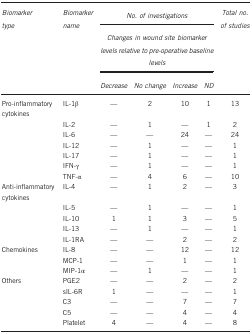
<table><thead><tr><td><b><i>Biomarker type</i></b></td><td><b><i>Biomarker name</i></b></td><td colspan="4"><b><i>No. of investigations</i></b></td><td><b><i>Total no. of studies</i></b></td></tr><tr><td><b> </b></td><td><b> </b></td><td colspan="4"><b><i>Changes in wound site biomarker levels relative to pre-operative baseline levels</i></b></td><td><b> </b></td></tr><tr><td><b> </b></td><td><b> </b></td><td><b><i>Decrease</i></b></td><td><b><i>No change</i></b></td><td><b><i>Increase</i></b></td><td><b><i>ND</i></b></td><td><b> </b></td></tr></thead><tbody><tr><td>Pro-inflammatory cytokines</td><td>IL-1β</td><td>—</td><td>2</td><td>10</td><td>1</td><td>13</td></tr><tr><td> </td><td>IL-2</td><td>—</td><td>1</td><td>—</td><td>1</td><td>2</td></tr><tr><td> </td><td>IL-6</td><td>—</td><td>—</td><td>24</td><td>—</td><td>24</td></tr><tr><td> </td><td>IL-12</td><td>—</td><td>1</td><td>—</td><td>—</td><td>1</td></tr><tr><td> </td><td>IL-17</td><td>—</td><td>1</td><td>—</td><td>—</td><td>1</td></tr><tr><td> </td><td>IFN-γ</td><td>—</td><td>1</td><td>—</td><td>—</td><td>1</td></tr><tr><td> </td><td>TNF-α</td><td>—</td><td>4</td><td>6</td><td>—</td><td>10</td></tr><tr><td>Anti-inflammatory cytokines</td><td>IL-4</td><td>—</td><td>1</td><td>2</td><td>—</td><td>3</td></tr><tr><td> </td><td>IL-5</td><td>—</td><td>1</td><td>—</td><td>—</td><td>1</td></tr><tr><td> </td><td>IL-10</td><td>1</td><td>1</td><td>3</td><td>—</td><td>5</td></tr><tr><td> </td><td>IL-13</td><td>—</td><td>1</td><td>—</td><td>—</td><td>1</td></tr><tr><td> </td><td>IL-1RA</td><td>—</td><td>—</td><td>2</td><td>—</td><td>2</td></tr><tr><td>Chemokines</td><td>IL-8</td><td>—</td><td>—</td><td>12</td><td>—</td><td>12</td></tr><tr><td> </td><td>MCP-1</td><td>—</td><td>—</td><td>1</td><td>—</td><td>1</td></tr><tr><td> </td><td>MIP-1α</td><td>—</td><td>1</td><td>—</td><td>—</td><td>1</td></tr><tr><td>Others</td><td>PGE2</td><td>—</td><td>—</td><td>2</td><td>—</td><td>2</td></tr><tr><td> </td><td>sIL-6R</td><td>1</td><td>—</td><td>—</td><td>—</td><td>1</td></tr><tr><td> </td><td>C3</td><td>—</td><td>—</td><td>7</td><td>—</td><td>7</td></tr><tr><td> </td><td>C5</td><td>—</td><td>—</td><td>4</td><td>—</td><td>4</td></tr><tr><td> </td><td>Platelet</td><td>4</td><td>—</td><td>4</td><td>—</td><td>8</td></tr></tbody></table>